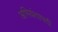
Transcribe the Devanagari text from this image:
अभियंतापदी